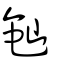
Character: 𬺘